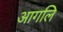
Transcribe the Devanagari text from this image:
आगलि